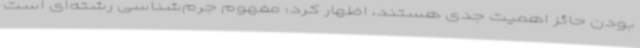
بودن حائز اهمیت جدی هستند، اظهار کرد: مفهوم جرم‌شناسی رشته‌ای است